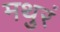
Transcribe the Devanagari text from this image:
मथुरं